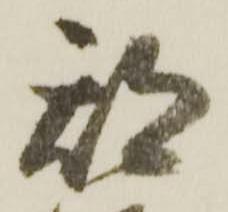
期